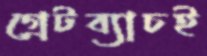
গ্রেটব্যাচই